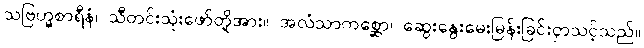
သဗြဟ္မစာရီနံ၊ သီတင်းသုံးဖော်တို့အား။ အလံသာကစ္ဆော၊ ဆွေးနွေးမေးမြန်းခြင်းငှာသင့်သည်။